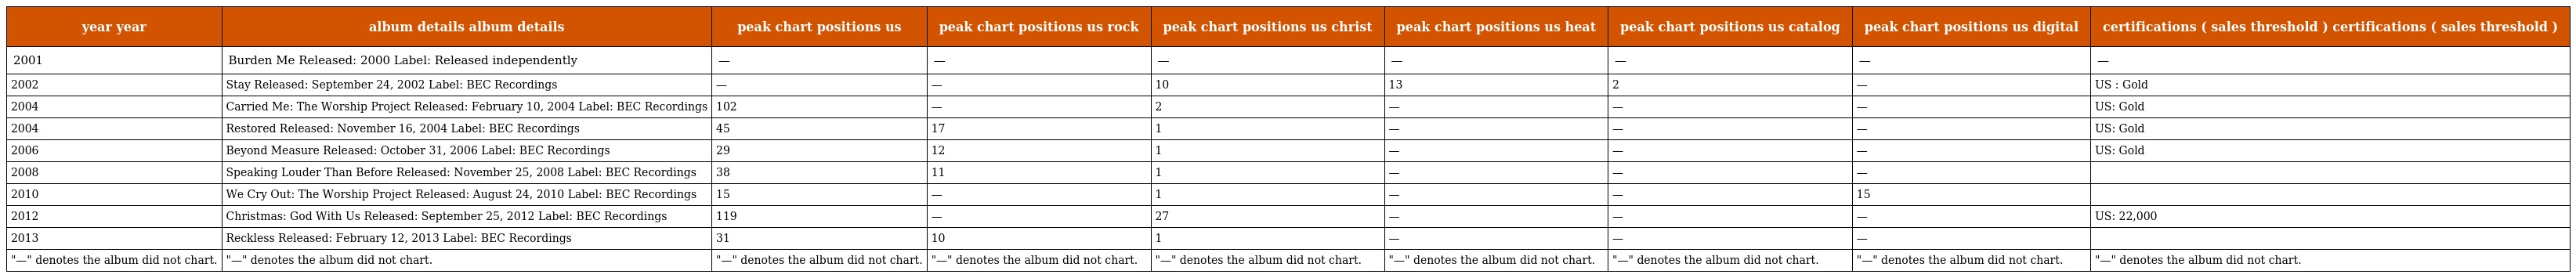
| year year | album details album details | peak chart positions us | peak chart positions us rock | peak chart positions us christ | peak chart positions us heat | peak chart positions us catalog | peak chart positions us digital | certifications ( sales threshold ) certifications ( sales threshold ) |
 | --- | --- | --- | --- | --- | --- | --- | --- | --- |
 | 2001 | Burden Me Released: 2000 Label: Released independently | — | — | — | — | — | — | — |
 | 2002 | Stay Released: September 24, 2002 Label: BEC Recordings | — | — | 10 | 13 | 2 | — | US : Gold |
 | 2004 | Carried Me: The Worship Project Released: February 10, 2004 Label: BEC Recordings | 102 | — | 2 | — | — | — | US: Gold |
 | 2004 | Restored Released: November 16, 2004 Label: BEC Recordings | 45 | 17 | 1 | — | — | — | US: Gold |
 | 2006 | Beyond Measure Released: October 31, 2006 Label: BEC Recordings | 29 | 12 | 1 | — | — | — | US: Gold |
 | 2008 | Speaking Louder Than Before Released: November 25, 2008 Label: BEC Recordings | 38 | 11 | 1 | — | — | — |  |
 | 2010 | We Cry Out: The Worship Project Released: August 24, 2010 Label: BEC Recordings | 15 | — | 1 | — | — | 15 |  |
 | 2012 | Christmas: God With Us Released: September 25, 2012 Label: BEC Recordings | 119 | — | 27 | — | — | — | US: 22,000 |
 | 2013 | Reckless Released: February 12, 2013 Label: BEC Recordings | 31 | 10 | 1 | — | — | — |  |
 | "—" denotes the album did not chart. | "—" denotes the album did not chart. | "—" denotes the album did not chart. | "—" denotes the album did not chart. | "—" denotes the album did not chart. | "—" denotes the album did not chart. | "—" denotes the album did not chart. | "—" denotes the album did not chart. | "—" denotes the album did not chart. |